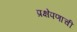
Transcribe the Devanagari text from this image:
प्रक्षेपणाची